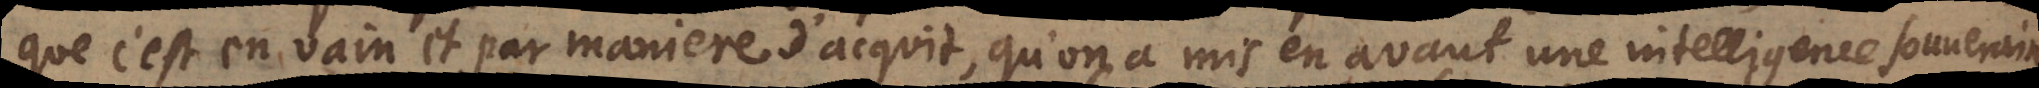
que c’est en vain et par maniere d’acquit, qu’on a mis en avant une intelligence souveraine